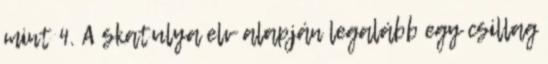
mint 4. A skatulya elv alapján legalább egy csillag